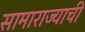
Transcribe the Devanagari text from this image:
सामाराज्याची